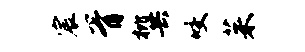
宸胥枇共咬茱